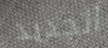
الجديد